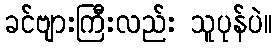
ခင်ဗျားကြီးလည်း သူပုန်ပဲ။